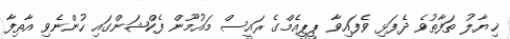
ޚިޔާލު ތަފާތުވެ ދެފަޅި ވެފައިވާ ޕީޕީއެމްގެ ރައީސް މައުމޫން ފެކްޝަންގައި ހުންނެވި އާތިފާ